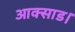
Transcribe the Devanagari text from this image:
आक्साड।